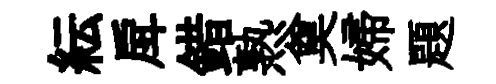
紜戽錯熟奠婦題